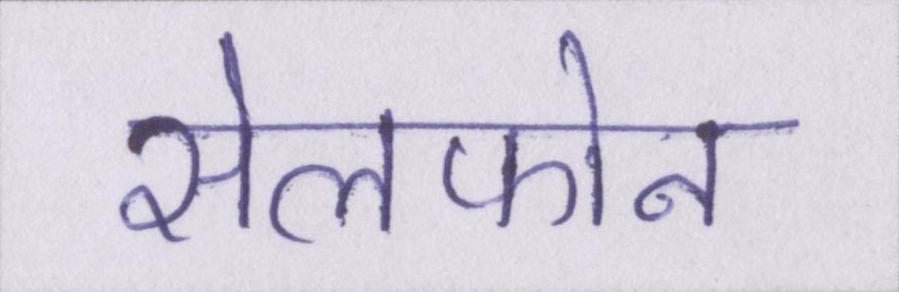
सेलफोन